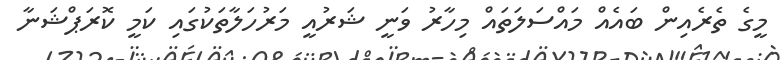
މީގެ ތެރެއިން ބައެއް މައްސަލަތައް މިހާރު ވަނީ ޝަރުއީ މަރުހަލާތަކުގައި ކަމީ ކޮރަޕްޝަނާ